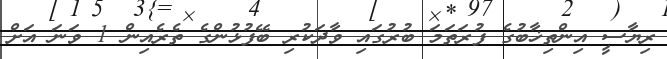
ރިޔާސީ އިންތިޚާބުގެ ފުރަތަމަ ބުރުގައި ވާދަކުރި ބޭފުޅުންގެ ތެރެއިން 1 ވަނަ އަށް